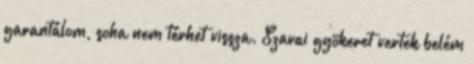
garantálom, soha nem térhet vissza. Szavai gyökeret vertek belém